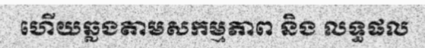
ហើយឆ្លងតាមសកម្មភាព និង លទ្ធផល